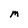
Character: m